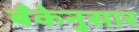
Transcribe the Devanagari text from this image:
बँकेनुसार